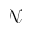
\mathscr { N }